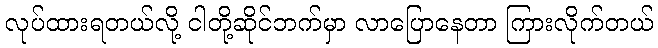
လုပ်ထားရတယ်လို့ ငါတို့ဆိုင်ဘက်မှာ လာပြောနေတာ ကြားလိုက်တယ်